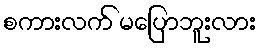
စကားလက် မပြောဘူးလား